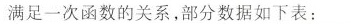
满足一次函数的关系，部分数据如下表：